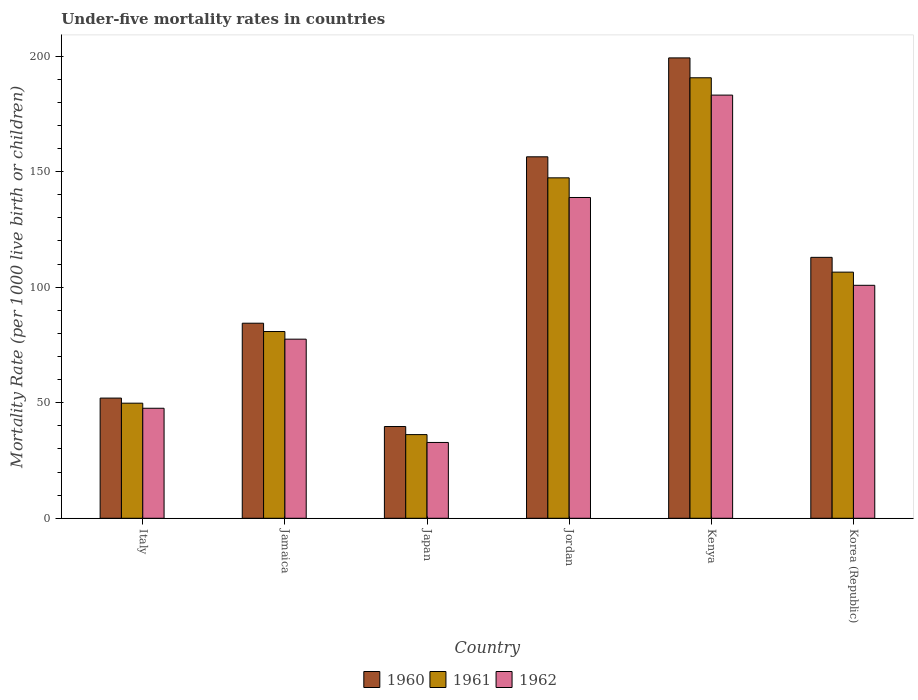
| Country | 1960 | 1961 | 1962 |
 | --- | --- | --- | --- |
 | Italy | 52 | 49.8 | 47.6 |
 | Jamaica | 84.4 | 80.8 | 77.5 |
 | Japan | 39.7 | 36.2 | 32.8 |
 | Jordan | 156 | 147 | 139 |
 | Kenya | 199 | 191 | 183 |
 | Korea (Republic) | 113 | 106 | 101 |